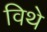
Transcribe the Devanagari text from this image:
विथे